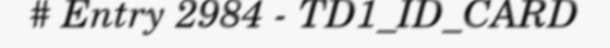
# Entry 2984 - TD1_ID_CARD